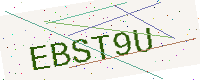
Text: EBST9U